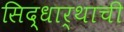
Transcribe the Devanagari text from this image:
सिद्धार्थाची